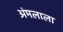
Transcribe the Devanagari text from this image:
अंमलाला